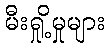
မီးရှို့မှုများ